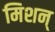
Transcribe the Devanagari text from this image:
मिशन्‌